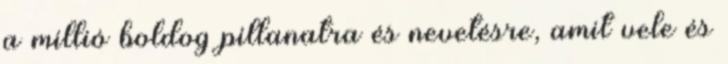
a millió boldog pillanatra és nevetésre, amit vele és